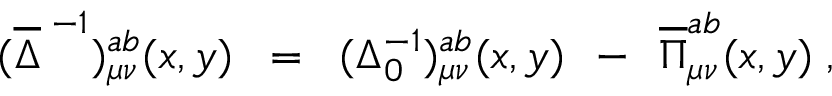
( \overline { { { \Delta } } } ^ { \; - 1 } ) _ { \mu \nu } ^ { a b } ( x , y ) \; \; = \; \; ( \Delta _ { 0 } ^ { - 1 } ) _ { \mu \nu } ^ { a b } ( x , y ) \; \, - \; \, \overline { { { \Pi } } } _ { \mu \nu } ^ { a b } ( x , y ) \; ,